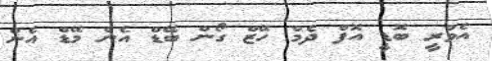
އެވްރީ ބޮޑީ އޮފް ދެމް ހޭޒް ގޯން ބޭޑް އެން މޭޑް އެން